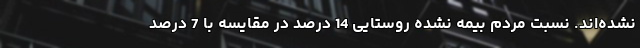
نشده‌اند. نسبت مردم بیمه نشده روستایی 14 درصد در مقایسه با 7 درصد